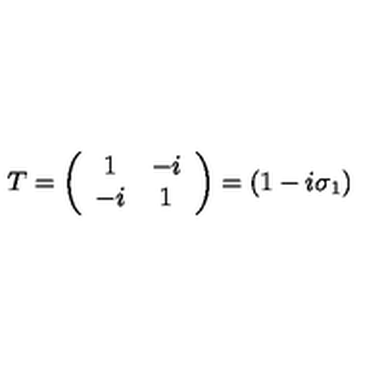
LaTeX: T = \left( \begin{array} { c c } { 1 } & { - i } \\ { - i } & { 1 } \\ \end{array} \right) = ( 1 - i \sigma _ { 1 } )